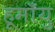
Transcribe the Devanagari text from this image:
हूमाँयु